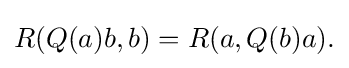
\displaystyle {R(Q(a)b,b)=R(a,Q(b)a).}